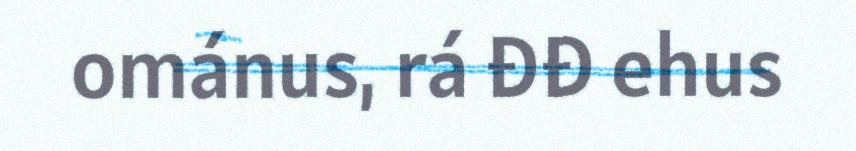
ománus, rá đđ ehus